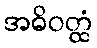
အဓိဝတ္ထံ